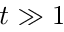
t \gg 1